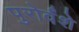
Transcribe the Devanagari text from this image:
पुरोर्वंशे